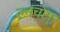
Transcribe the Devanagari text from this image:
ल्नचंस्